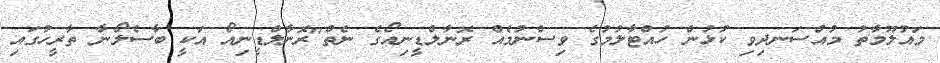
މައުލޫމާތު މުއްސަނދިވި ކުޅުން ހުއްޓާލުމުގެ ވިސްނުމެއް ރޮނާލްޑީނިއޯގެ ނެތް"ރޮނާލްޑީނިއޯ އަކީ ބާސެލޯނާ ތާރީހުގައި